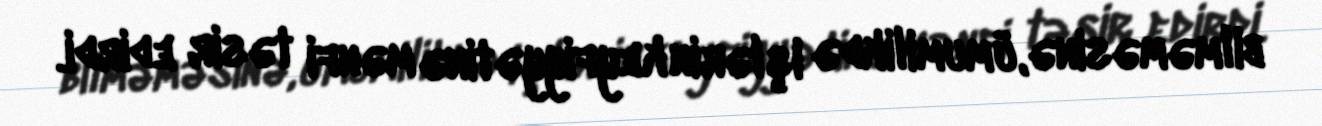
bilməməsinə, ümumilikdə işlərin keyfiyyətinə mənfi təsir edirdi.